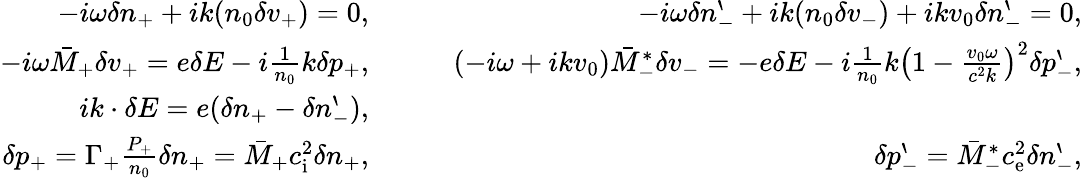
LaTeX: \begin{array}{rlr}{-i\omega\delta n_{+}+ik(n_{0}\delta v_{+})=0,}&{{}\quad}&{-i\omega\delta n_{-}^{\backprime}+ik(n_{0}\delta v_{-})+ikv_{0}\delta n_{-}^{\backprime}=0,}\\ {-i\omega\bar{M}_{+}\delta v_{+}=e\delta E-i\frac{1}{n_{0}}k\delta p_{+},}&{{}\quad}&{(-i\omega+ikv_{0})\bar{M}_{-}^{\ast}\delta v_{-}=-e\delta E-i\frac{1}{n_{0}}k\left(1-\frac{v_{0}\omega}{c^{2}k}\right)^{2}\delta p_{-}^{\backprime},}\\ {ik\cdot\delta E=e(\delta n_{+}-\delta n_{-}^{\backprime}),}\\ {\delta p_{+}=\Gamma_{+}\frac{P_{+}}{n_{0}}\delta n_{+}=\bar{M}_{+}c_{\mathrm{i}}^{2}\delta n_{+},}&{{}}&{\delta p_{-}^{\backprime}=\bar{M}_{-}^{\ast}c_{\mathrm{e}}^{2}\delta n_{-}^{\backprime},}\end{array}